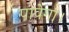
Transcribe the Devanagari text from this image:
पावेगा।